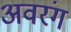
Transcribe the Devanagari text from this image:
अवरंग